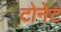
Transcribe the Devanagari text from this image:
टोनेट